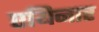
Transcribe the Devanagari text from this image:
एयिनार